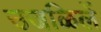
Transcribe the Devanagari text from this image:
उजळिलें